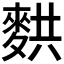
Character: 𬹂